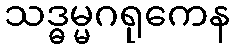
သဒ္ဓမ္မဂရုကေန